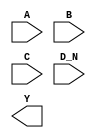
module sky130_fd_sc_lp__nor4b (
    //# {{data|Data Signals}}
    input  A  ,
    input  B  ,
    input  C  ,
    input  D_N,
    output Y
);

    // Voltage supply signals
    supply1 VPWR;
    supply0 VGND;
    supply1 VPB ;
    supply0 VNB ;

endmodule